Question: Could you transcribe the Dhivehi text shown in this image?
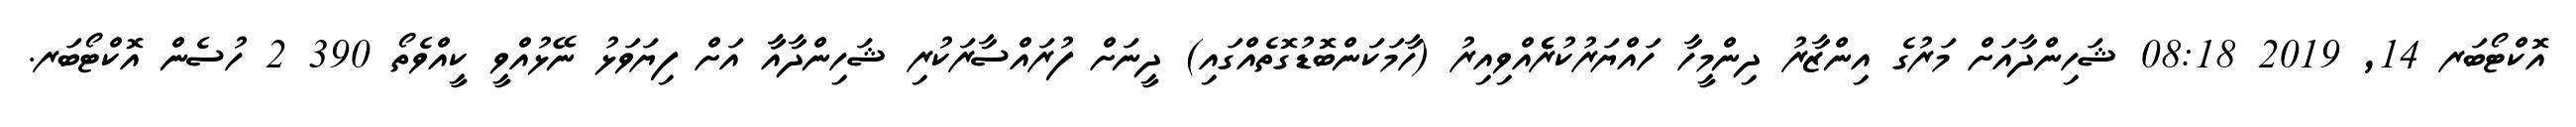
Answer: އޮކްޓޯބަރ 14, 2019 08:18 ޝަހިންދާއަށް މަރުގެ އިންޒާރު ދިންމީހާ ހައްޔަރުކުރެެެެެއްވިއިރު (ހާމަކަންބޮޑުގޮތެއްގައި) ދީނަށް ފުރައްސާރަކުރި ޝަހިންދާއާާ އަށް ފިޔަވަޅު ނޭޅުއްވީ ކީއްވެތޯ 390 2 ހުސެން އޮކްޓޯބަރ.